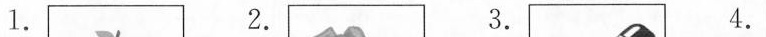
1. 2. 3. 4.